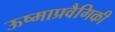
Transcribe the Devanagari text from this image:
ऊष्माप्रवैगिकी